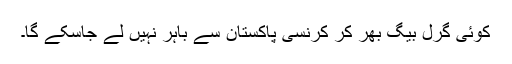
کوئی گرل بیگ بھر کر کرنسی پاکستان سے باہر نہیں لے جاسکے گا۔